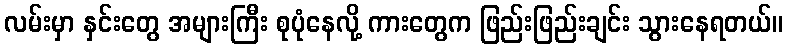
လမ်းမှာ နှင်းတွေ အများကြီး စုပုံနေလို့ ကားတွေက ဖြည်းဖြည်းချင်း သွားနေရတယ်။